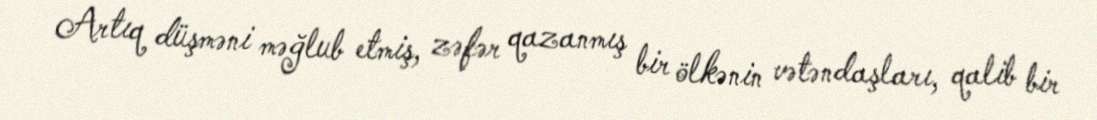
Artıq düşməni məğlub etmiş, zəfər qazanmış bir ölkənin vətəndaşları, qalib bir